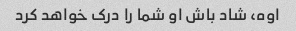
اوه، شاد باش او شما را درک خواهد کرد